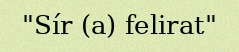
"Sír (a) felirat"